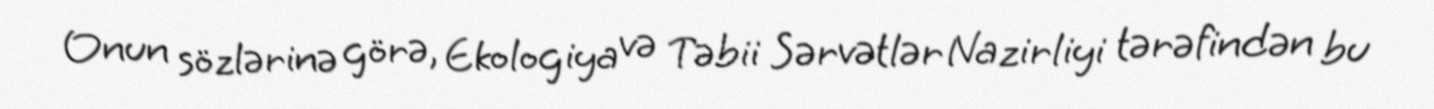
Onun sözlərinə görə, Ekologiya və Təbii Sərvətlər Nazirliyi tərəfindən bu